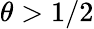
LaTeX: \theta>1/2